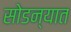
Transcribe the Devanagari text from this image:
सोडन्यात